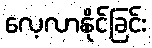
လေ့လာနိုင်ခြင်း